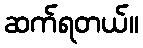
ဆက်ရတယ်။